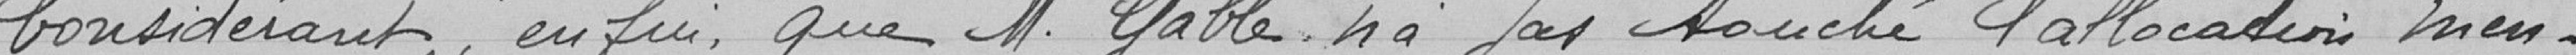
Considérant, enfin, que M. Gable n'a pas touché l'allocation men-